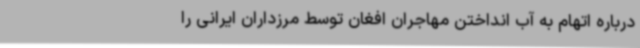
درباره اتهام به آب انداختن مهاجران افغان توسط مرزداران ایرانی را